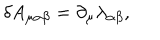
LaTeX: \delta A _ { \mu \alpha \beta } = \partial _ { \mu } \lambda _ { \alpha \beta } ,